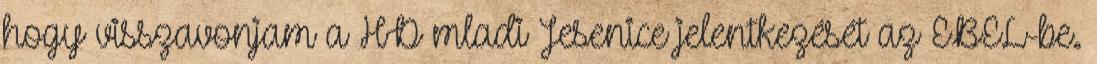
hogy visszavonjam a HD mladi Jesenice jelentkezését az EBEL-be.